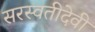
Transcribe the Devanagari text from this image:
सरस्वतीदेवी